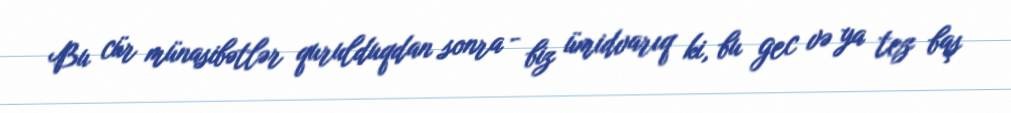
Bu cür münasibətlər qurulduqdan sonra - biz ümidvarıq ki, bu gec və ya tez baş